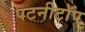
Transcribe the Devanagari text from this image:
पटनीटॉप